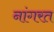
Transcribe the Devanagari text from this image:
नांगरत